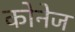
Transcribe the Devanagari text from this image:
कोनेज